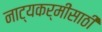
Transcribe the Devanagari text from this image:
नाट्यकर्मींसाठी